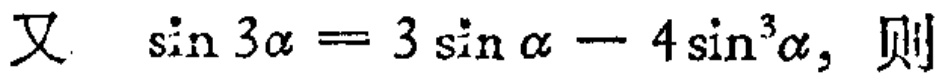
又 \(\sin 3\alpha = 3\sin\alpha - 4\sin^{3}\alpha\)，则